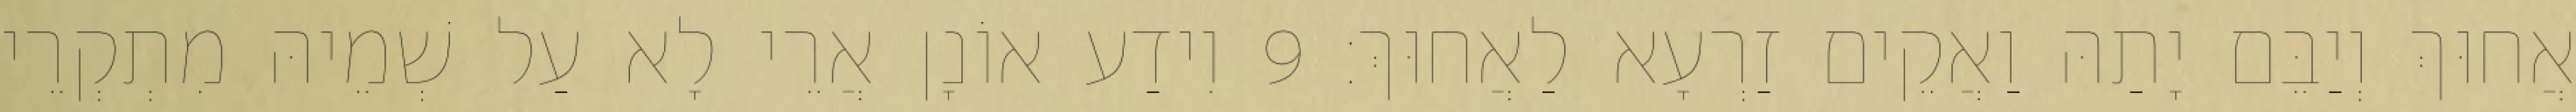
אֲחוּךְ וְיַבֵּם יָתַהּ וַאֲקֵים זַרְעָא לַאֲחוּךְ׃ 9 וִידַע אוֹנָן אֲרֵי לָא עַל שְׁמֵיהּ מִתְקְרֵי